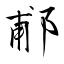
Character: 郙